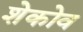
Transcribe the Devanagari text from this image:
शेकोव